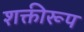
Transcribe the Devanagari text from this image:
शक्तीरूप